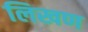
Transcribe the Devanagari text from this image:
लिखण